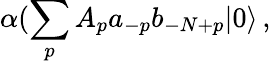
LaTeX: \alpha(\sum_{p}A_{p}a_{-p}b_{-N+p}|0\rangle\, ,